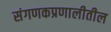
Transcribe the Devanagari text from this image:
संगणकप्रणालीतील